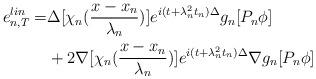
LaTeX: \begin{align*}e^{lin}_{n,T}=&\Delta[\chi_n(\frac{x-x_n}{\lambda_n})]e^{i(t+\lambda_n^2t_n)\Delta}g_n[P_n\phi]\\&+2\nabla[\chi_n(\frac{x-x_n}{\lambda_n})]e^{i(t+\lambda_n^2t_n)\Delta}\nabla g_n[P_n\phi]\end{align*}